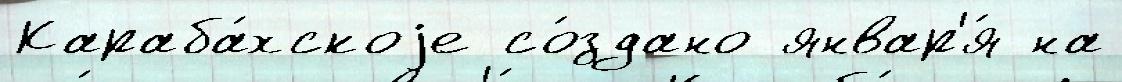
Караба́хскоjе со́здано январ'я́ на